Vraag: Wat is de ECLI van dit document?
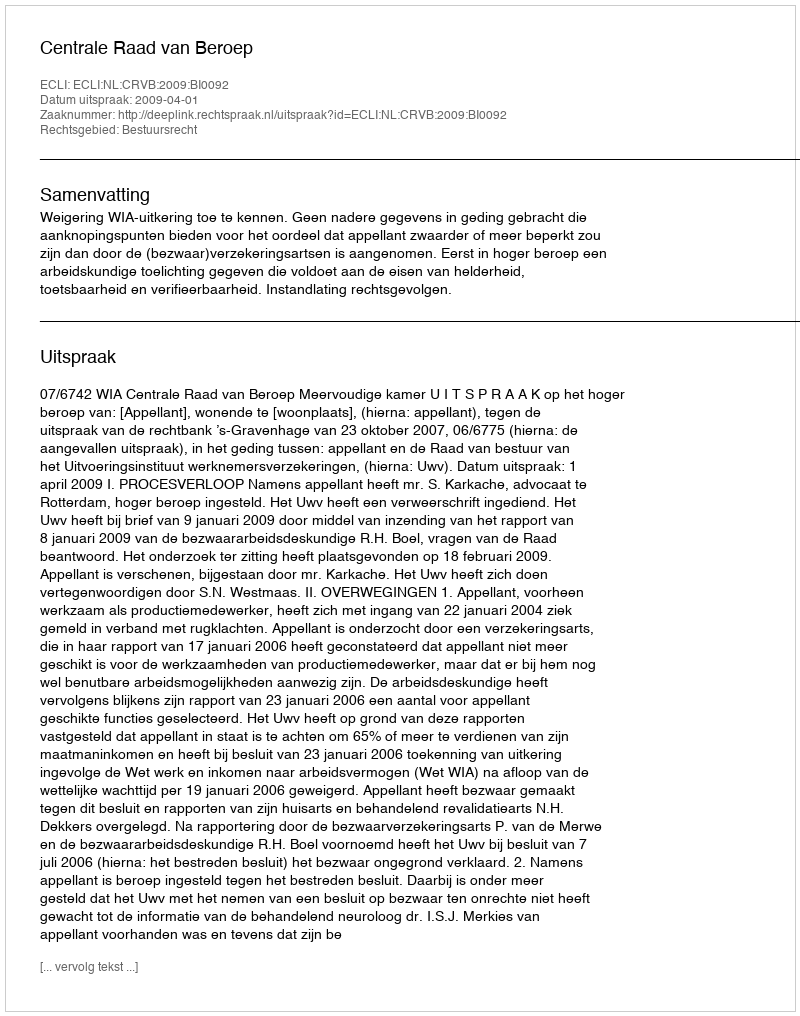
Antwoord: ECLI:NL:CRVB:2009:BI0092